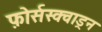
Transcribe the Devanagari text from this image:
फ़ोर्सस्क्वाड्रन